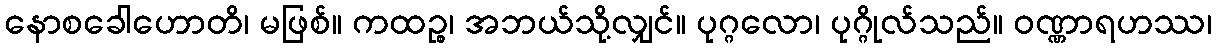
နောစခေါဟောတိ၊ မဖြစ်။ ကထဉ္စ၊ အဘယ်သို့လျှင်။ ပုဂ္ဂလော၊ ပုဂ္ဂိုလ်သည်။ ဝဏ္ဏာရဟဿ၊